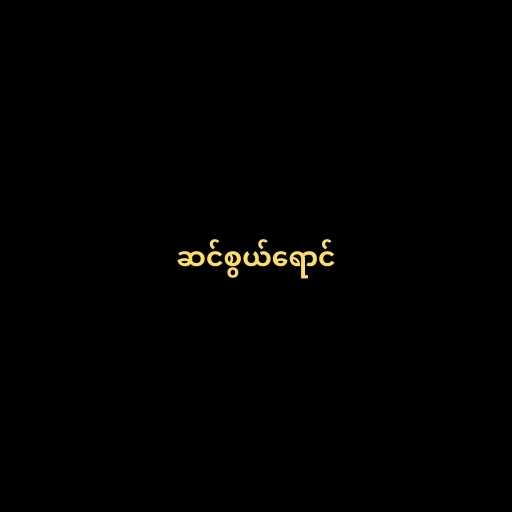
ဆင်စွယ်ရောင်